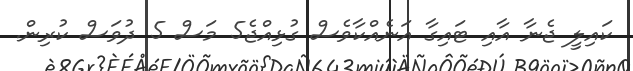
ކައިލީ ޖެނާ އާއި ޓައިގާ އަނެއްކާވެސް ގުޅިއްޖެ5 މަސް 5 ދުވަސް ކުރިން.